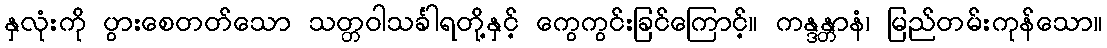
နှလုံးကို ပွားစေတတ်သော သတ္တဝါသင်္ခါရတို့နှင့် ကွေကွင်းခြင်ကြောင့်။ ကန္ဒန္တာနံ၊ မြည်တမ်းကုန်သော။